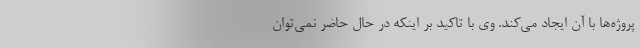
پروژه‌ها با آن ایجاد می‌کند. وی با تاکید بر اینکه در حال حاضر نمی‌توان